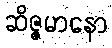
ဆိဇ္ဇမာနော